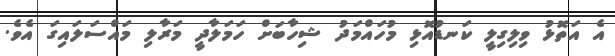
އެ އަތޮޅު ވިލިގިލީ ކަނޑުއޮޅި މުހައްމަދު ޝިހާބަށް ހަމަލާދީ މަރާލި މައްސަލައިގަ އެވެ.